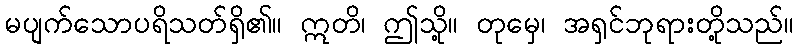
မပျက်သောပရိသတ်ရှိ၏။ ဣတိ၊ ဤသို့။ တုမှေ၊ အရှင်ဘုရားတို့သည်။